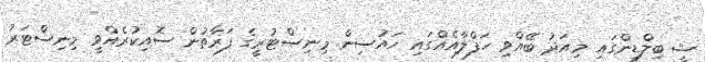
ޝީ ބިލްޑިންގައި މިއަދު ބޭއްވި ހަފްލާއެއްގައި ހައުސިން މިނިސްޓުރީގެ ފަރާތުން ސޮއިކުރެއްވީ މިނިސްޓަރު